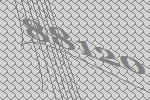
88120